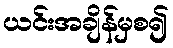
ယင်းအချိန်မှစ၍